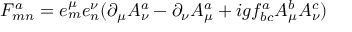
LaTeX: F _ { m n } ^ { a } = e _ { m } ^ { \mu } e _ { n } ^ { \nu } ( \partial _ { \mu } A _ { \nu } ^ { a } - \partial _ { \nu } A _ { \mu } ^ { a } + i g f _ { b c } ^ { a } A _ { \mu } ^ { b } A _ { \nu } ^ { c } )